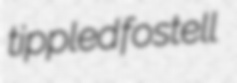
tippled fostell